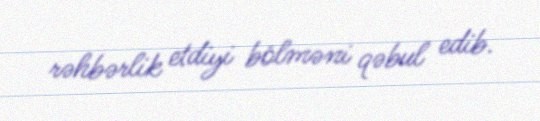
rəhbərlik etdiyi bölməni qəbul edib.